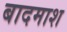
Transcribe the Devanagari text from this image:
बादमाश